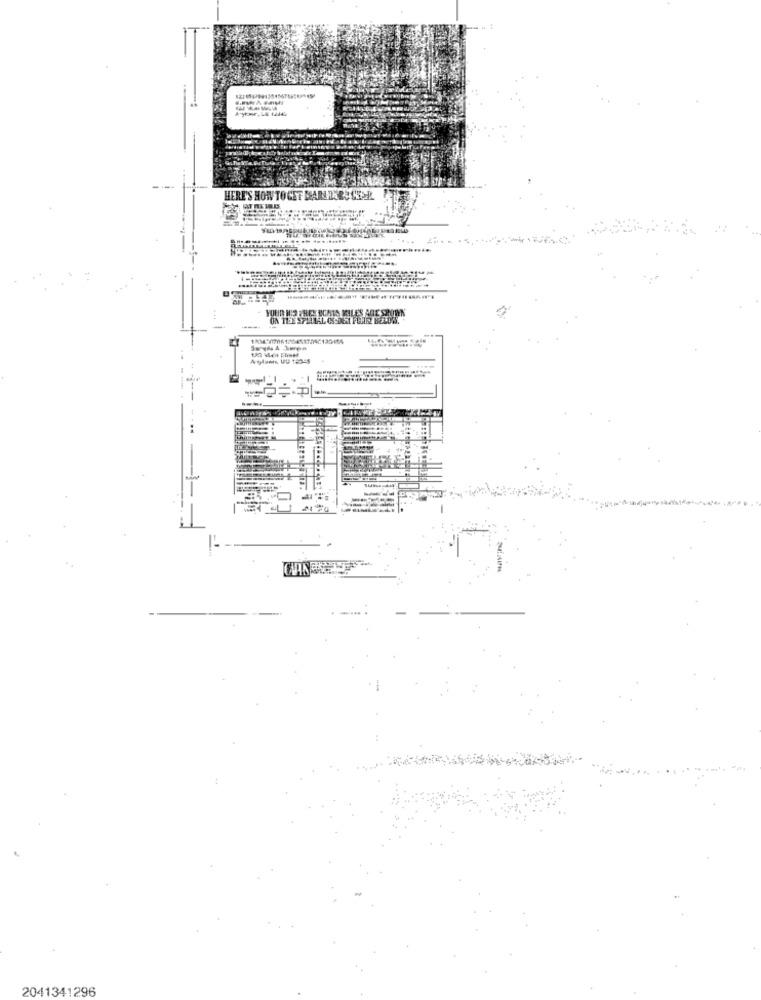
HERE'S HOW TOCET MANDERSSEER
---
2041341296